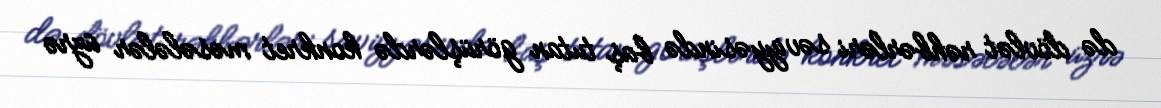
də dövlət rəhbərləri səviyyəsində baş tutan görüşlərdə konkret məsələlər üzrə